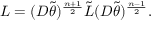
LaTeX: L = ( D \tilde { \theta } ) ^ { \frac { n + 1 } { 2 } } \tilde { L } ( D \tilde { \theta } ) ^ { \frac { n - 1 } { 2 } } .